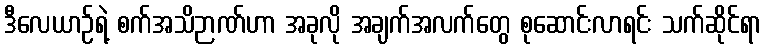
ဒီလေယာဉ်ရဲ့ စက်အသိဉာဏ်ဟာ အခုလို အချက်အလက်တွေ စုဆောင်းလာရင်း သက်ဆိုင်ရာ